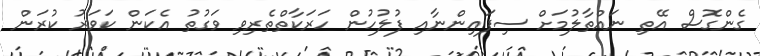
ގެންގޮސް އޭތި ނައްތާލުމަށް ސިފައިންނާއި ފުލުހުން ހަރަކާތްތެރިވި ވަގުތު އެކަން ކަވަރު ކުރަން